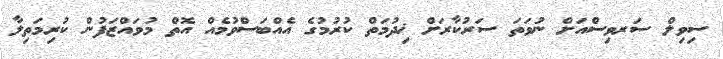
ސިވިލް ސަރވިސްއަށް ނުވަތަ ސަރުކާރަށް ޚިދުމަތް ކުރުމުގެ އެއްބަސްވުމެއް އޮތް މުވައްޒަފުން ކުރިމަތިލާ